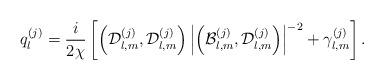
LaTeX: \begin{align*}q_{l}^{(j)}=\frac{i}{2\chi}\left[\left(\mathcal{D}_{l,m}^{(j)},\mathcal{D}_{l,m}^{(j)}\right)\left\vert \left(\mathcal{B}_{l,m}^{(j)},\mathcal{D}_{l,m}^{(j)}\right) \right\vert ^{-2}+\gamma_{l,m}^{(j)}\right].\end{align*}